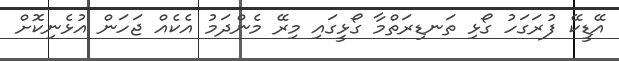
އޭޑީކޭ ފުރަގަހު ގޯޅި ތަނޑިރަތްމާ ގޯޅީގައި މިރޭ މެންދަމު އެކެއް ޖަހަން އުޅެނިކޮށް